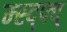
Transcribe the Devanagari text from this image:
म्स्द्फ्व्